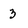
Character: 3